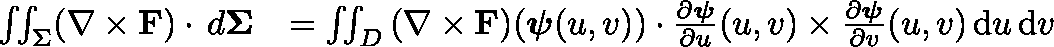
{ \begin{array} { r l } { \iint _ { \Sigma } ( \nabla \times \mathbf { F } ) \cdot \, d \mathbf { \Sigma } } & { = \iint _ { D } { ( \nabla \times \mathbf { F } ) ( { \boldsymbol { \psi } } ( u , v ) ) \cdot { \frac { \partial { \boldsymbol { \psi } } } { \partial u } } ( u , v ) \times { \frac { \partial { \boldsymbol { \psi } } } { \partial v } } ( u , v ) \, \mathrm { d } u \, \mathrm { d } v } } \end{array} }